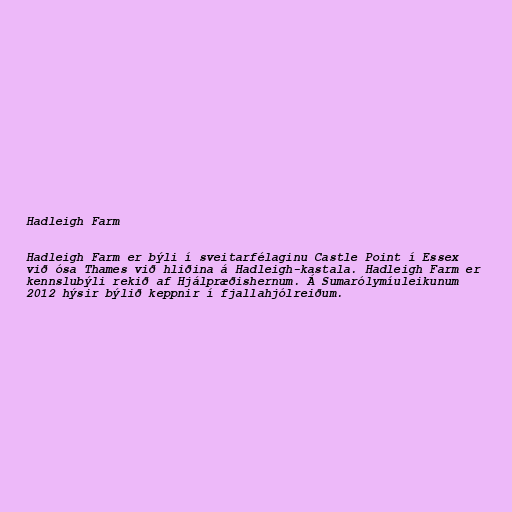
Hadleigh Farm

Hadleigh Farm er býli í sveitarfélaginu Castle Point í Essex
við ósa Thames við hliðina á Hadleigh-kastala. Hadleigh Farm er
kennslubýli rekið af Hjálpræðishernum. Á Sumarólymíuleikunum
2012 hýsir býlið keppnir í fjallahjólreiðum.